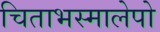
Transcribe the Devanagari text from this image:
चिताभस्मालेपो